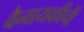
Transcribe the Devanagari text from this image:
वैनायकीची